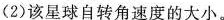
(2)该星球自转角速度的大小。